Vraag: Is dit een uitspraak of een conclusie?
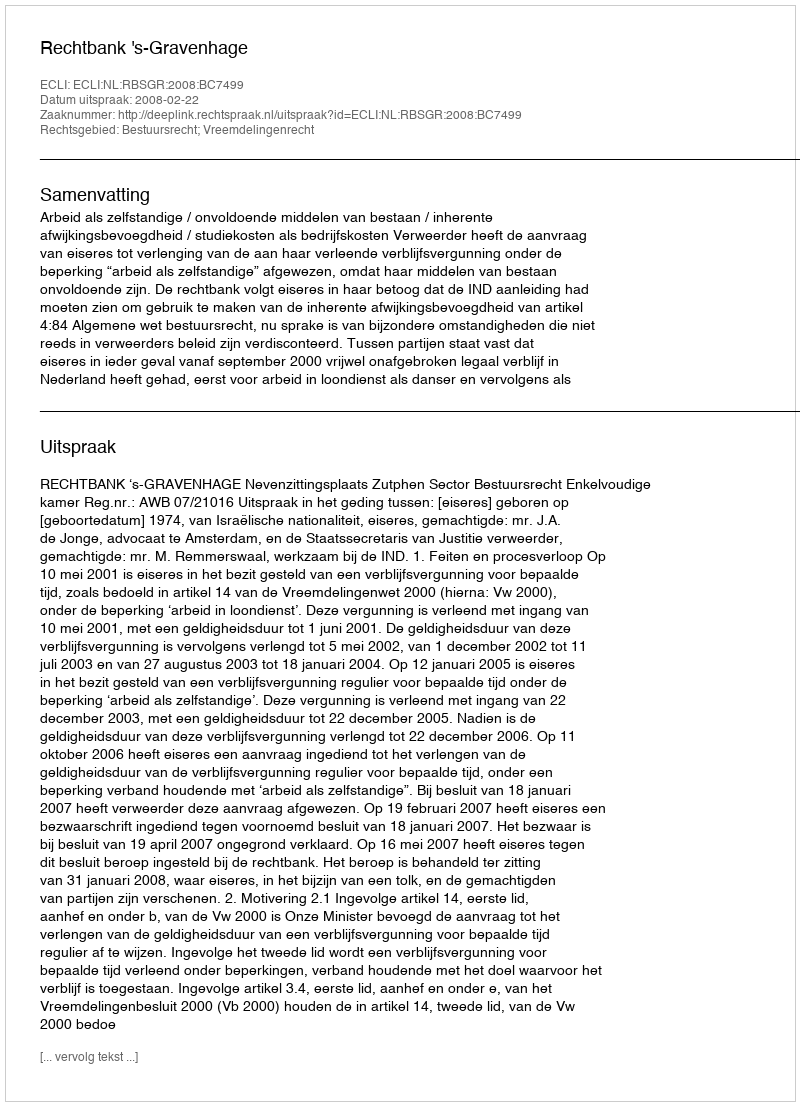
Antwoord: Uitspraak